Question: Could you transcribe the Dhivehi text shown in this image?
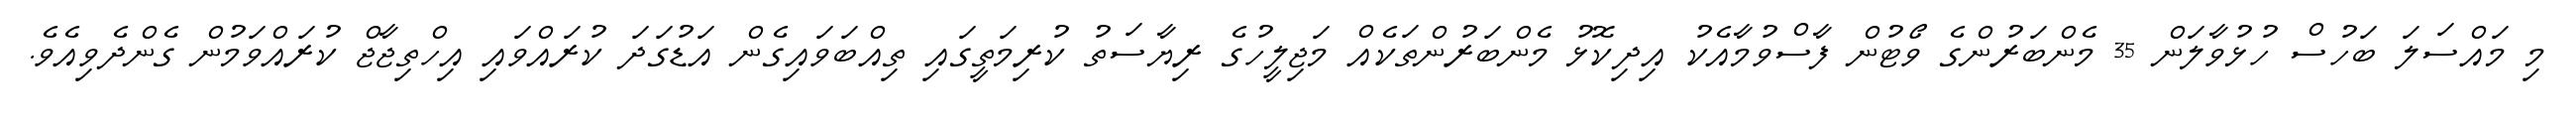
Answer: މި މައްސަލަ ބަހުސް ހުޅުވާލަން 35 މެންބަރުންގެ ވޯޓުން ފާސްވުމާއެކު އިދިކޮޅު މެންބަރުންތަކެއް މަޖިލީހުގެ ރިޔާސަތު ކުރިމަތީގައި ތިއްބަވައިގެން އަޑުގަދަ ކުރައްވައި އިހްތިޖާޖް ކުރައްވަމުން ގެންދެވިއެވެ.